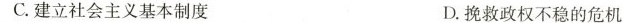
C.建立社会主义基本制度 D.挽救政权不稳的危机